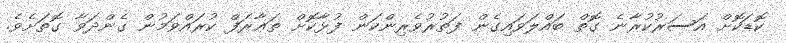
ކޮޑަކޮށް އަސަރުކުރާނެ ގޮތް ބައްލަވައިގެން ފަތުރުވެރިންކަން ފުޅާކޮށް ތަޢާރަފް ކުރައްވަމުން ގެންދަވާ ގޮތަށެވެ.